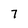
Character: 7